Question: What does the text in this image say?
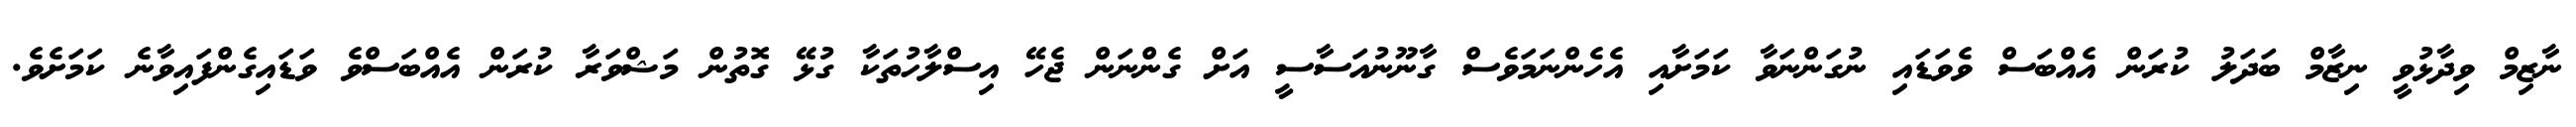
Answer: ނާޒިމް ވިދާޅުވީ ނިޒާމް ބަދަލު ކުރަން އެއްބަސް ވެވަޑައި ނުގަންނަވާ ކަމަށާއި އެހެންނަމަވެސް ގާނޫނުއަސާސީ އަށް ގެންނަން ޖެހޭ އިސްލާހުތަކާ ގުޅޭ ގޮތުން މަޝްވަރާ ކުރަން އެއްބަސްވެ ވަޑައިގެންފައިވާނެ ކަމަށެވެ.